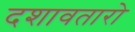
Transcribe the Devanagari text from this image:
दशावतारो